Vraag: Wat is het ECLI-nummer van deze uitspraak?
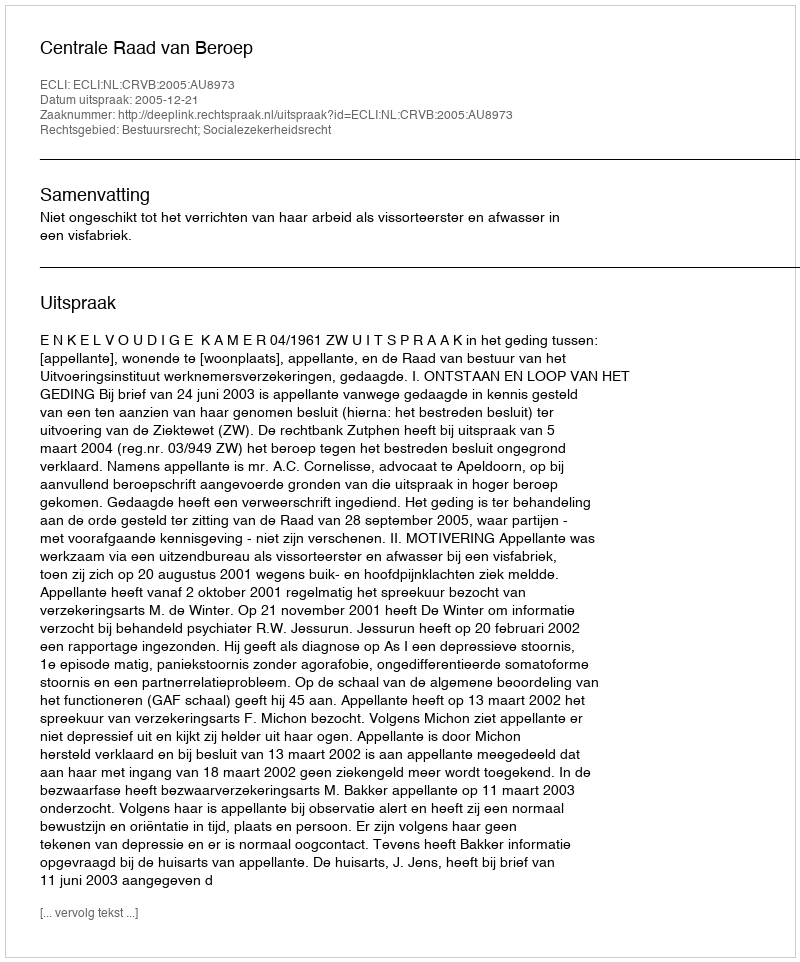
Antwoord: ECLI:NL:CRVB:2005:AU8973